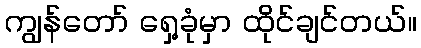
ကျွန်တော် ရှေ့ခုံမှာ ထိုင်ချင်တယ်။